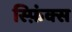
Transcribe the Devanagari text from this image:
स्फ़िंक्स